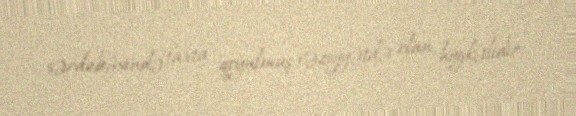
sərdabəsində taxta qoyulmuş vəziyyətdə olan heykəlidir.